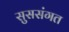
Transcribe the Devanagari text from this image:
सुससंगत